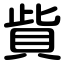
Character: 貲